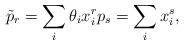
LaTeX: \begin{align*}\tilde{p}_r=\sum\limits_i\theta_ix_i^rp_s=\sum\limits_ix_i^s,\end{align*}